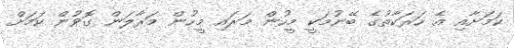
ކަމަށާއި އެ ހަރަކާތުގެ ބޭނުމަކީ މީހުން މަރައި މީހުން މަރާލަން ގޮވުން ކަމަށް